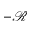
- \mathcal { R }